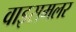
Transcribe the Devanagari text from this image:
वाइसमलर